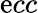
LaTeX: \mathrm{e}cc